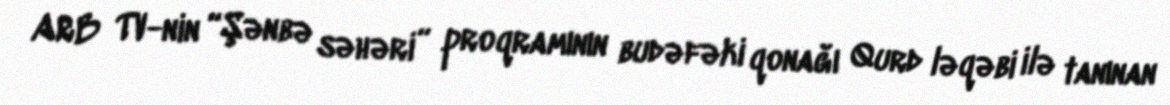
ARB TV-nin “Şənbə səhəri” proqramının budəfəki qonağı Qurd ləqəbi ilə tanınan